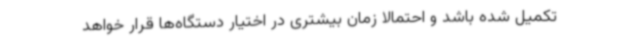
تکمیل شده باشد و احتمالا زمان بیشتری در اختیار دستگاه‌ها قرار خواهد